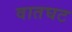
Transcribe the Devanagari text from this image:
वातघट